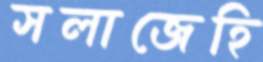
সলাজেহি